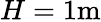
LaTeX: H=1\textrm{m}